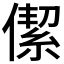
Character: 𠎧